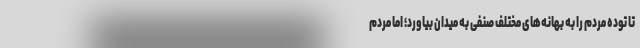
تا توده مردم را به بهانه‌های مختلف صنفی به میدان بیاورد؛ اما مردم